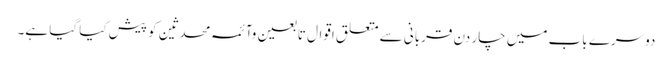
دوسرے باب میں چار دن قربانی سے متعلق اقوال تابعین وآئمہ محدثین کو پیش کیا گیا ہے۔